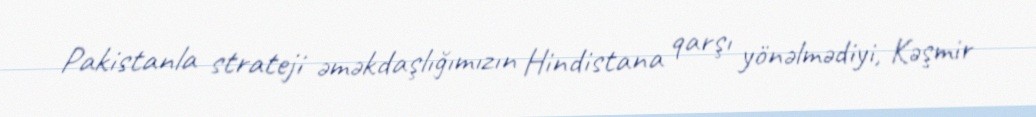
Pakistanla strateji əməkdaşlığımızın Hindistana qarşı yönəlmədiyi, Kəşmir